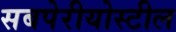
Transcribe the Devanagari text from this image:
सबपेरीयोस्टील